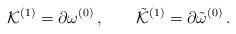
LaTeX: \begin{align*}{\cal K}^{(1)} = \partial \omega^{(0)} \, ,\qquad{\tilde {\cal K}}^{(1)} = \partial {\tilde \omega}^{(0)} \, .\end{align*}